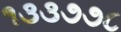
૧૩૩૭૭૮